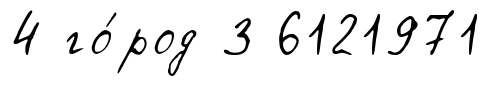
4 го́род 3 6121971